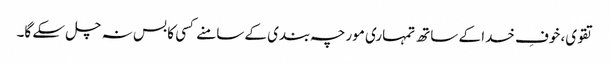
تقوی، خوفِ خدا کے ساتھ تمہاری مورچہ بندی کے سامنے کسی کا بس نہ چل سکے گا۔